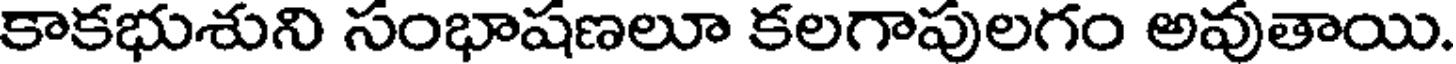
కాకభుశుని సంభాషణలూ కలగాపులగం అవుతాయి.